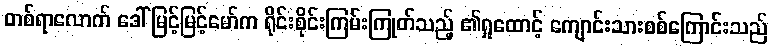
တစ်ရာလောက် ဒေါ်မြင့်မြင့်မော်က ရိုင်းစိုင်းကြမ်းကြုတ်သည့် ၏ရှုထောင့် ကျောင်းသားစစ်ကြောင်းသည်